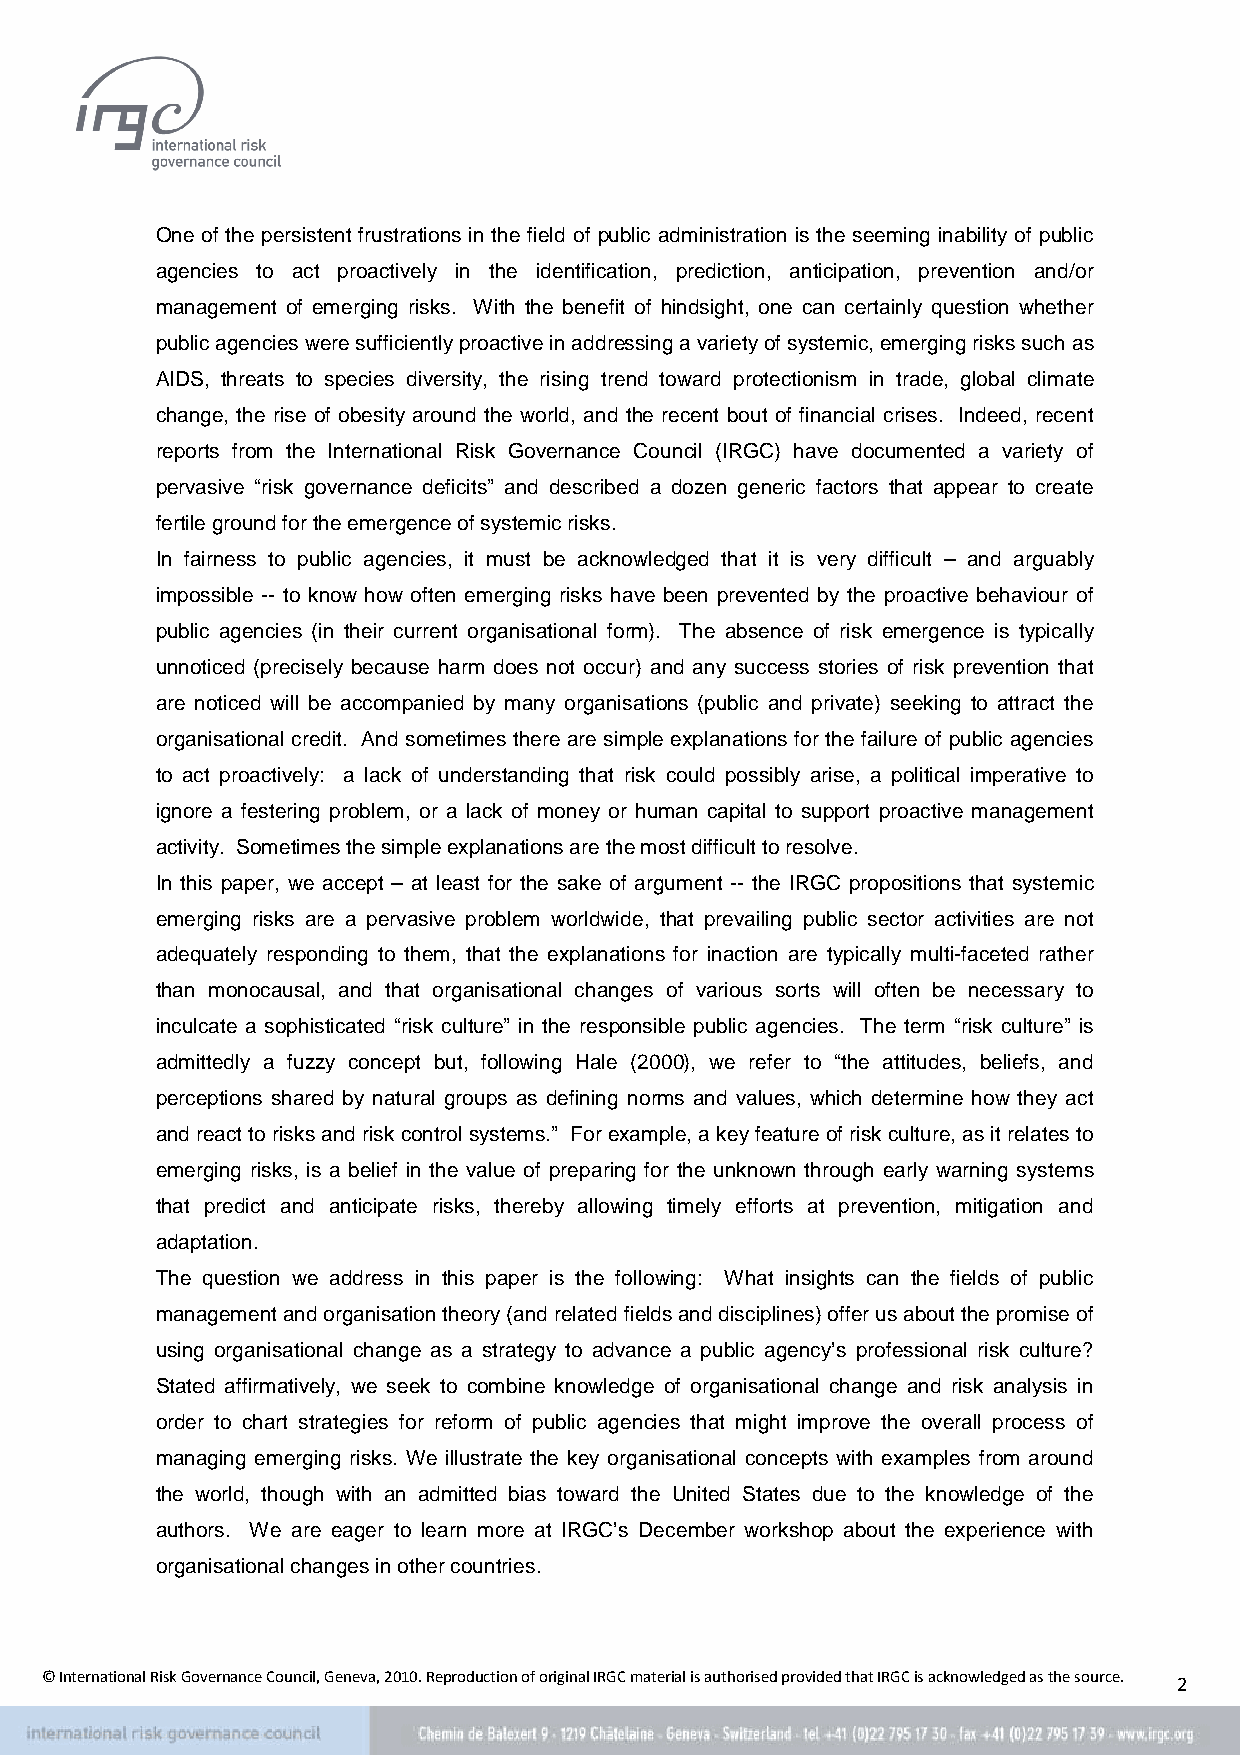
One of the persistent frustrations in the field of public administration is the seeming inability of public
 agencies to act proactively in the identification, prediction, anticipation, prevention and/or
 management of emerging risks. With the benefit of hindsight, one can certainly question whether
 public agencies were sufficiently proactive in addressing a variety of systemic, emerging risks such as
 AIDS, threats to species diversity, the rising trend toward protectionism in trade, global climate
 change, the rise of obesity around the world, and the recent bout of financial crises. Indeed, recent
 reports from the International Risk Governance Council (IRGC) have documented a variety of
 pervasive “risk governance deficits” and described a dozen generic factors that appear to create
 fertile ground for the emergence of systemic risks.
 In fairness to public agencies, it must be acknowledged that it is very difficult – and arguably
 impossible -- to know how often emerging risks have been prevented by the proactive behaviour of
 public agencies (in their current organisational form). The absence of risk emergence is typically
 unnoticed (precisely because harm does not occur) and any success stories of risk prevention that
 are noticed will be accompanied by many organisations (public and private) seeking to attract the
 organisational credit. And sometimes there are simple explanations for the failure of public agencies
 to act proactively: a lack of understanding that risk could possibly arise, a political imperative to
 ignore a festering problem, or a lack of money or human capital to support proactive management
 activity. Sometimes the simple explanations are the most difficult to resolve.
 In this paper, we accept – at least for the sake of argument -- the IRGC propositions that systemic
 emerging risks are a pervasive problem worldwide, that prevailing public sector activities are not
 adequately responding to them, that the explanations for inaction are typically multi-faceted rather
 than monocausal, and that organisational changes of various sorts will often be necessary to
 inculcate a sophisticated “risk culture” in the responsible public agencies. The term “risk culture” is
 admittedly a fuzzy concept but, following Hale (2000), we refer to “the attitudes, beliefs, and
 perceptions shared by natural groups as defining norms and values, which determine how they act
 and react to risks and risk control systems.” For example, a key feature of risk culture, as it relates to
 emerging risks, is a belief in the value of preparing for the unknown through early warning systems
 that predict and anticipate risks, thereby allowing timely efforts at prevention, mitigation and
 adaptation.
 The question we address in this paper is the following: What insights can the fields of public
 management and organisation theory (and related fields and disciplines) offer us about the promise of
 using organisational change as a strategy to advance a public agency’s professional risk culture?
 Stated affirmatively, we seek to combine knowledge of organisational change and risk analysis in
 order to chart strategies for reform of public agencies that might improve the overall process of
 managing emerging risks. We illustrate the key organisational concepts with examples from around
 the world, though with an admitted bias toward the United States due to the knowledge of the
 authors. We are eager to learn more at IRGC’s December workshop about the experience with
 organisational changes in other countries.
 © International Risk Governance Council, Geneva, 2010. Reproduction of original IRGC material is authorised provided that IRGC is acknowledged as the source. 2